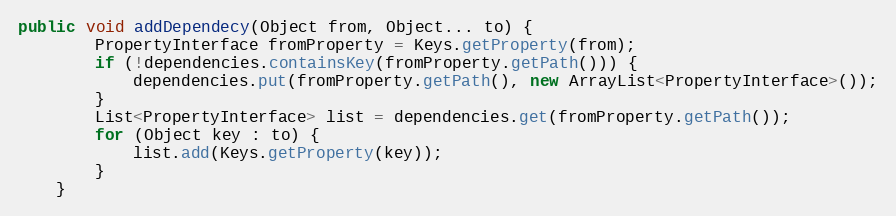
Language: Java
public void addDependecy(Object from, Object... to) {
		PropertyInterface fromProperty = Keys.getProperty(from);
		if (!dependencies.containsKey(fromProperty.getPath())) {
			dependencies.put(fromProperty.getPath(), new ArrayList<PropertyInterface>());
		}
		List<PropertyInterface> list = dependencies.get(fromProperty.getPath());
		for (Object key : to) {
			list.add(Keys.getProperty(key));
		}
	}